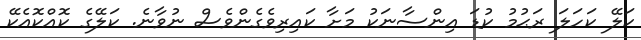
ކަލޭ ކަހަލަ ރަޙުމު ކުޑަ އިންސާނަކު މަށާ ކައިރިވެގެންވެސް ނުވާނެ. ކަލޭގެ ކޮއްކޮއެކޭ